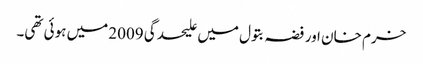
خرم خان اور فضہ بتول میں علیحدگی 2009 میں ہوئی تھی۔